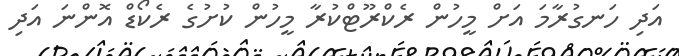
އަދި ހަނގުރާމަ އަށް މީހުން ރެކްރޫޓްކުރާ މީހުން ކުށުގެ ރެކޯޑް އޮންނަ އަދި